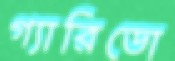
গ্যারিডো